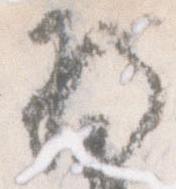
将